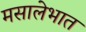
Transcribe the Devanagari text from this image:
मसालेभात